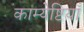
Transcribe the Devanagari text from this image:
काम्येष्टियाँ